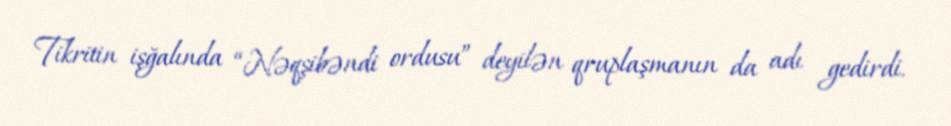
Tikritin işğalında “Nəqşibəndi ordusu” deyilən qruplaşmanın da adı gedirdi.